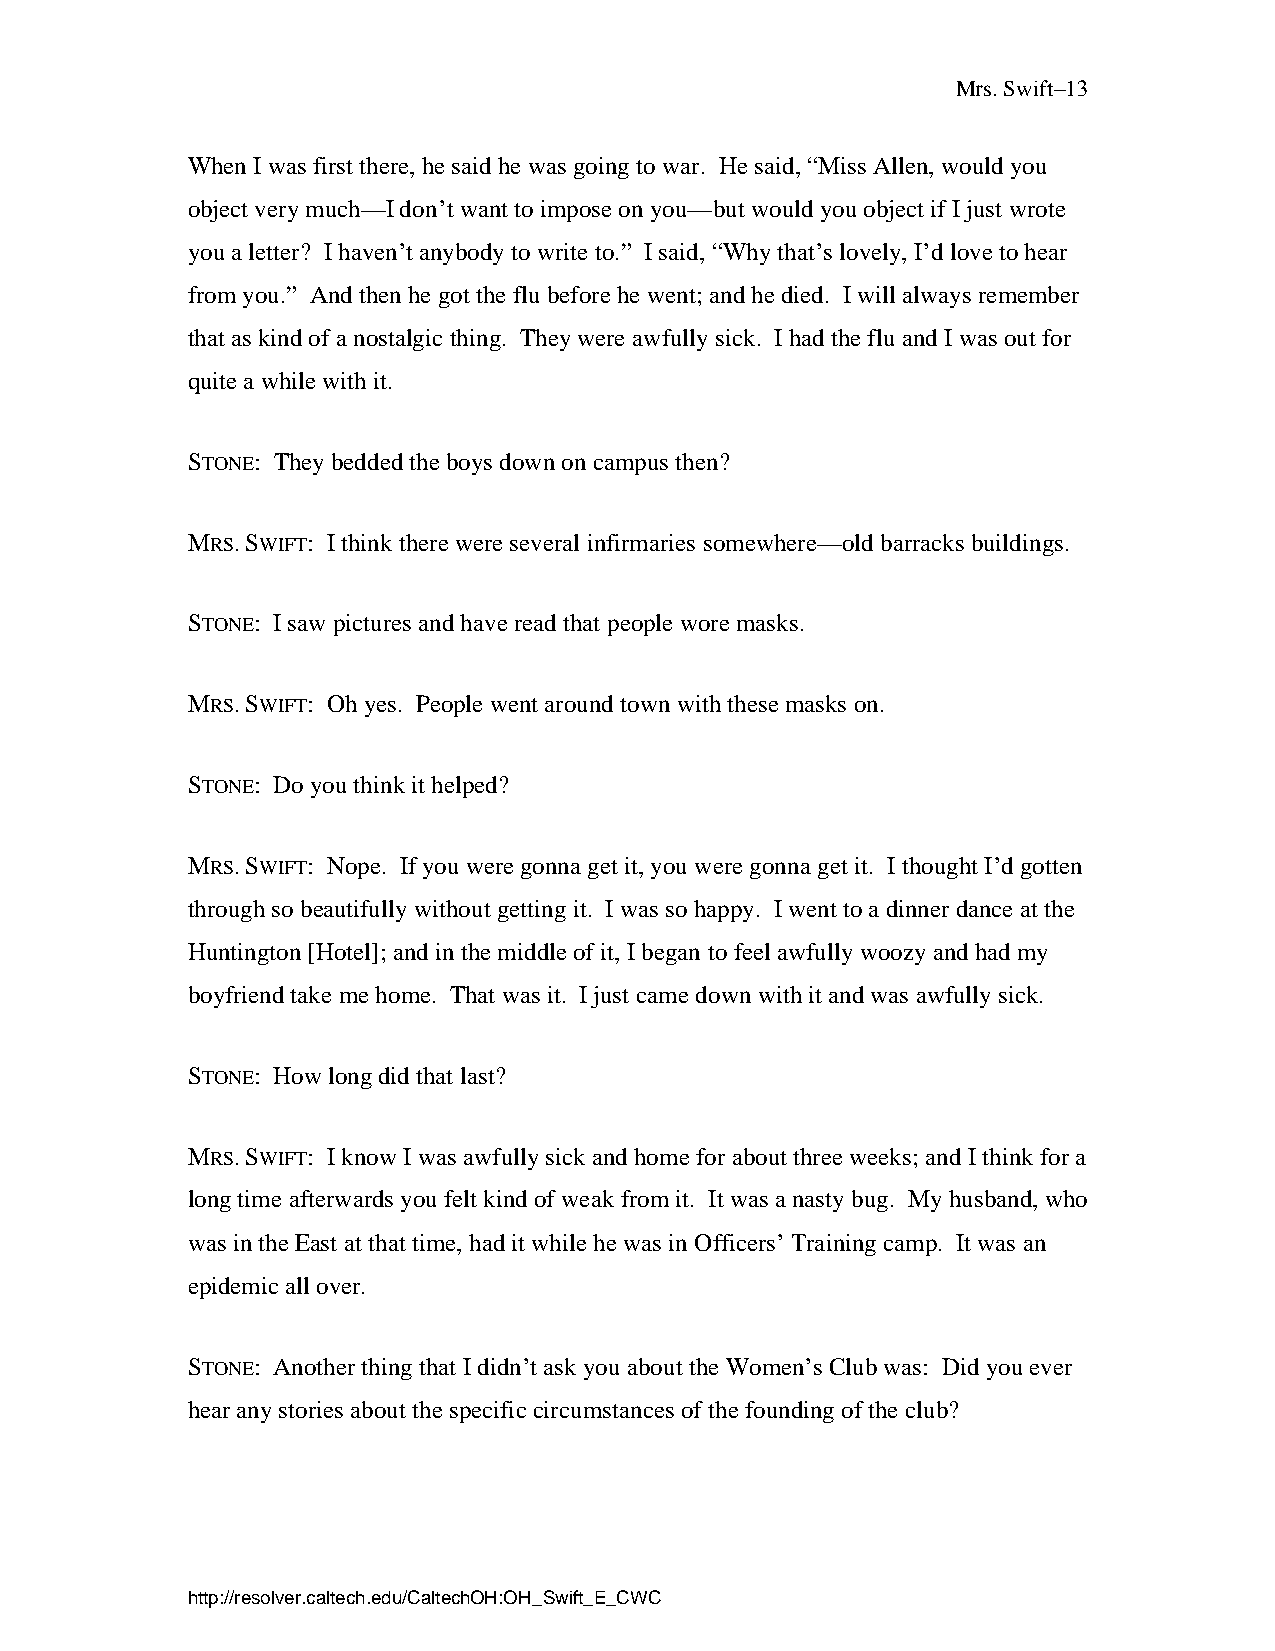
Mrs. Swift–13
 When I was first there, he said he was going to war. He said, “Miss Allen, would you
 object very much—I don’t want to impose on you—but would you object if I just wrote
 you a letter? I haven’t anybody to write to.” I said, “Why that’s lovely, I’d love to hear
 from you.” And then he got the flu before he went; and he died. I will always remember
 that as kind of a nostalgic thing. They were awfully sick. I had the flu and I was out for
 quite a while with it.
 STONE: They bedded the boys down on campus then?
 MRS. SWIFT: I think there were several infirmaries somewhere—old barracks buildings.
 STONE: I saw pictures and have read that people wore masks.
 MRS. SWIFT: Oh yes. People went around town with these masks on.
 STONE: Do you think it helped?
 MRS. SWIFT: Nope. If you were gonna get it, you were gonna get it. I thought I’d gotten
 through so beautifully without getting it. I was so happy. I went to a dinner dance at the
 Huntington [Hotel]; and in the middle of it, I began to feel awfully woozy and had my
 boyfriend take me home. That was it. I just came down with it and was awfully sick.
 STONE: How long did that last?
 MRS. SWIFT: I know I was awfully sick and home for about three weeks; and I think for a
 long time afterwards you felt kind of weak from it. It was a nasty bug. My husband, who
 was in the East at that time, had it while he was in Officers’ Training camp. It was an
 epidemic all over.
 STONE: Another thing that I didn’t ask you about the Women’s Club was: Did you ever
 hear any stories about the specific circumstances of the founding of the club?
 http://resolver.caltech.edu/CaltechOH:OH_Swift_E_CWC